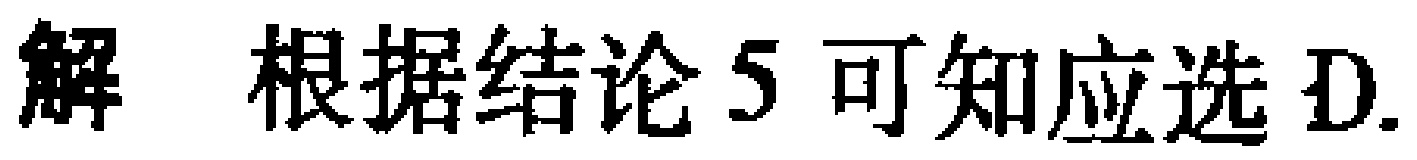
解 根据结论5可知应选D.